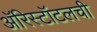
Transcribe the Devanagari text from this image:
अॅरिस्टॉटलची